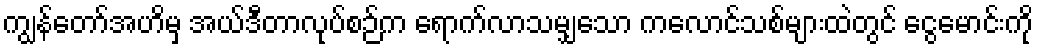
ကျွန်တော်အဟိမှ အယ်ဒီတာလုပ်စဉ်က ရောက်လာသမျှသော ကလောင်သစ်များထဲတွင် ငွေမောင်းကို